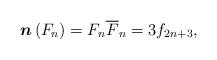
LaTeX: \begin{align*}\boldsymbol{n}\left( F_{n}\right) =F_{n}\overline{F}_{n}=3f_{2n+3}, \end{align*}